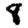
Digit: 8